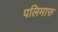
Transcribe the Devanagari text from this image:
पलिमारु